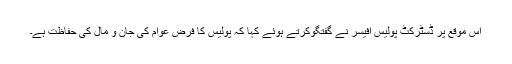
اس موقع پر ڈسٹرکٹ پولیس آفیسر نے گفتگوکرتے ہوئے کہا کہ پولیس کا فرض عوام کی جان و مال کی حفاظت ہے۔